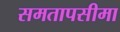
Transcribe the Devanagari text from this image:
समतापसीमा